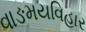
વાઙમયવિહાર